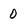
Character: 0